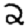
Digit: 2